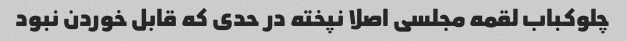
چلوکباب لقمه مجلسی اصلا نپخته در حدی که قابل خوردن نبود